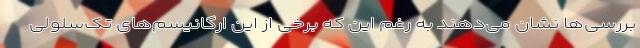
بررسی‌ها نشان می‌دهند به رغم این که برخی از این ارگانیسم‌های تک‌سلولی